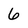
Character: 6